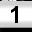
Digit: 1